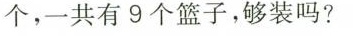
个，一共有9个篮子，够装吗?